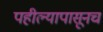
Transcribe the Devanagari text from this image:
पहील्यापासूनच